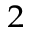
^ { 2 }